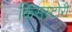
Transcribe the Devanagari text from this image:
किसस्टोरी